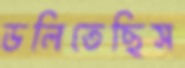
ডলিতেছিস